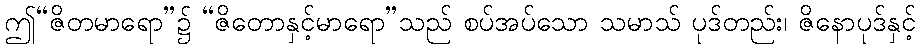
ဤ“ဇိတမာရော”၌ “ဇိတောနှင့်မာရော”သည် စပ်အပ်သော သမာသ် ပုဒ်တည်း၊ ဇိနောပုဒ်နှင့်